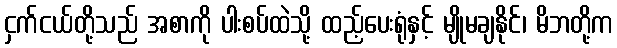
ငှက်ငယ်တို့သည် အစာကို ပါးစပ်ထဲသို့ ထည့်ပေးရုံနှင့် မျိုမချနိုင်၊ မိဘတို့က